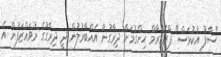
"ސާފު އުކުޅަސް" ޕްރޮގްރާމް ހިންގުމަށް ދިރާގުން އެއްބާރުލުން ދީ ދިރާގުގެ މުވައްޒަފުން އެ